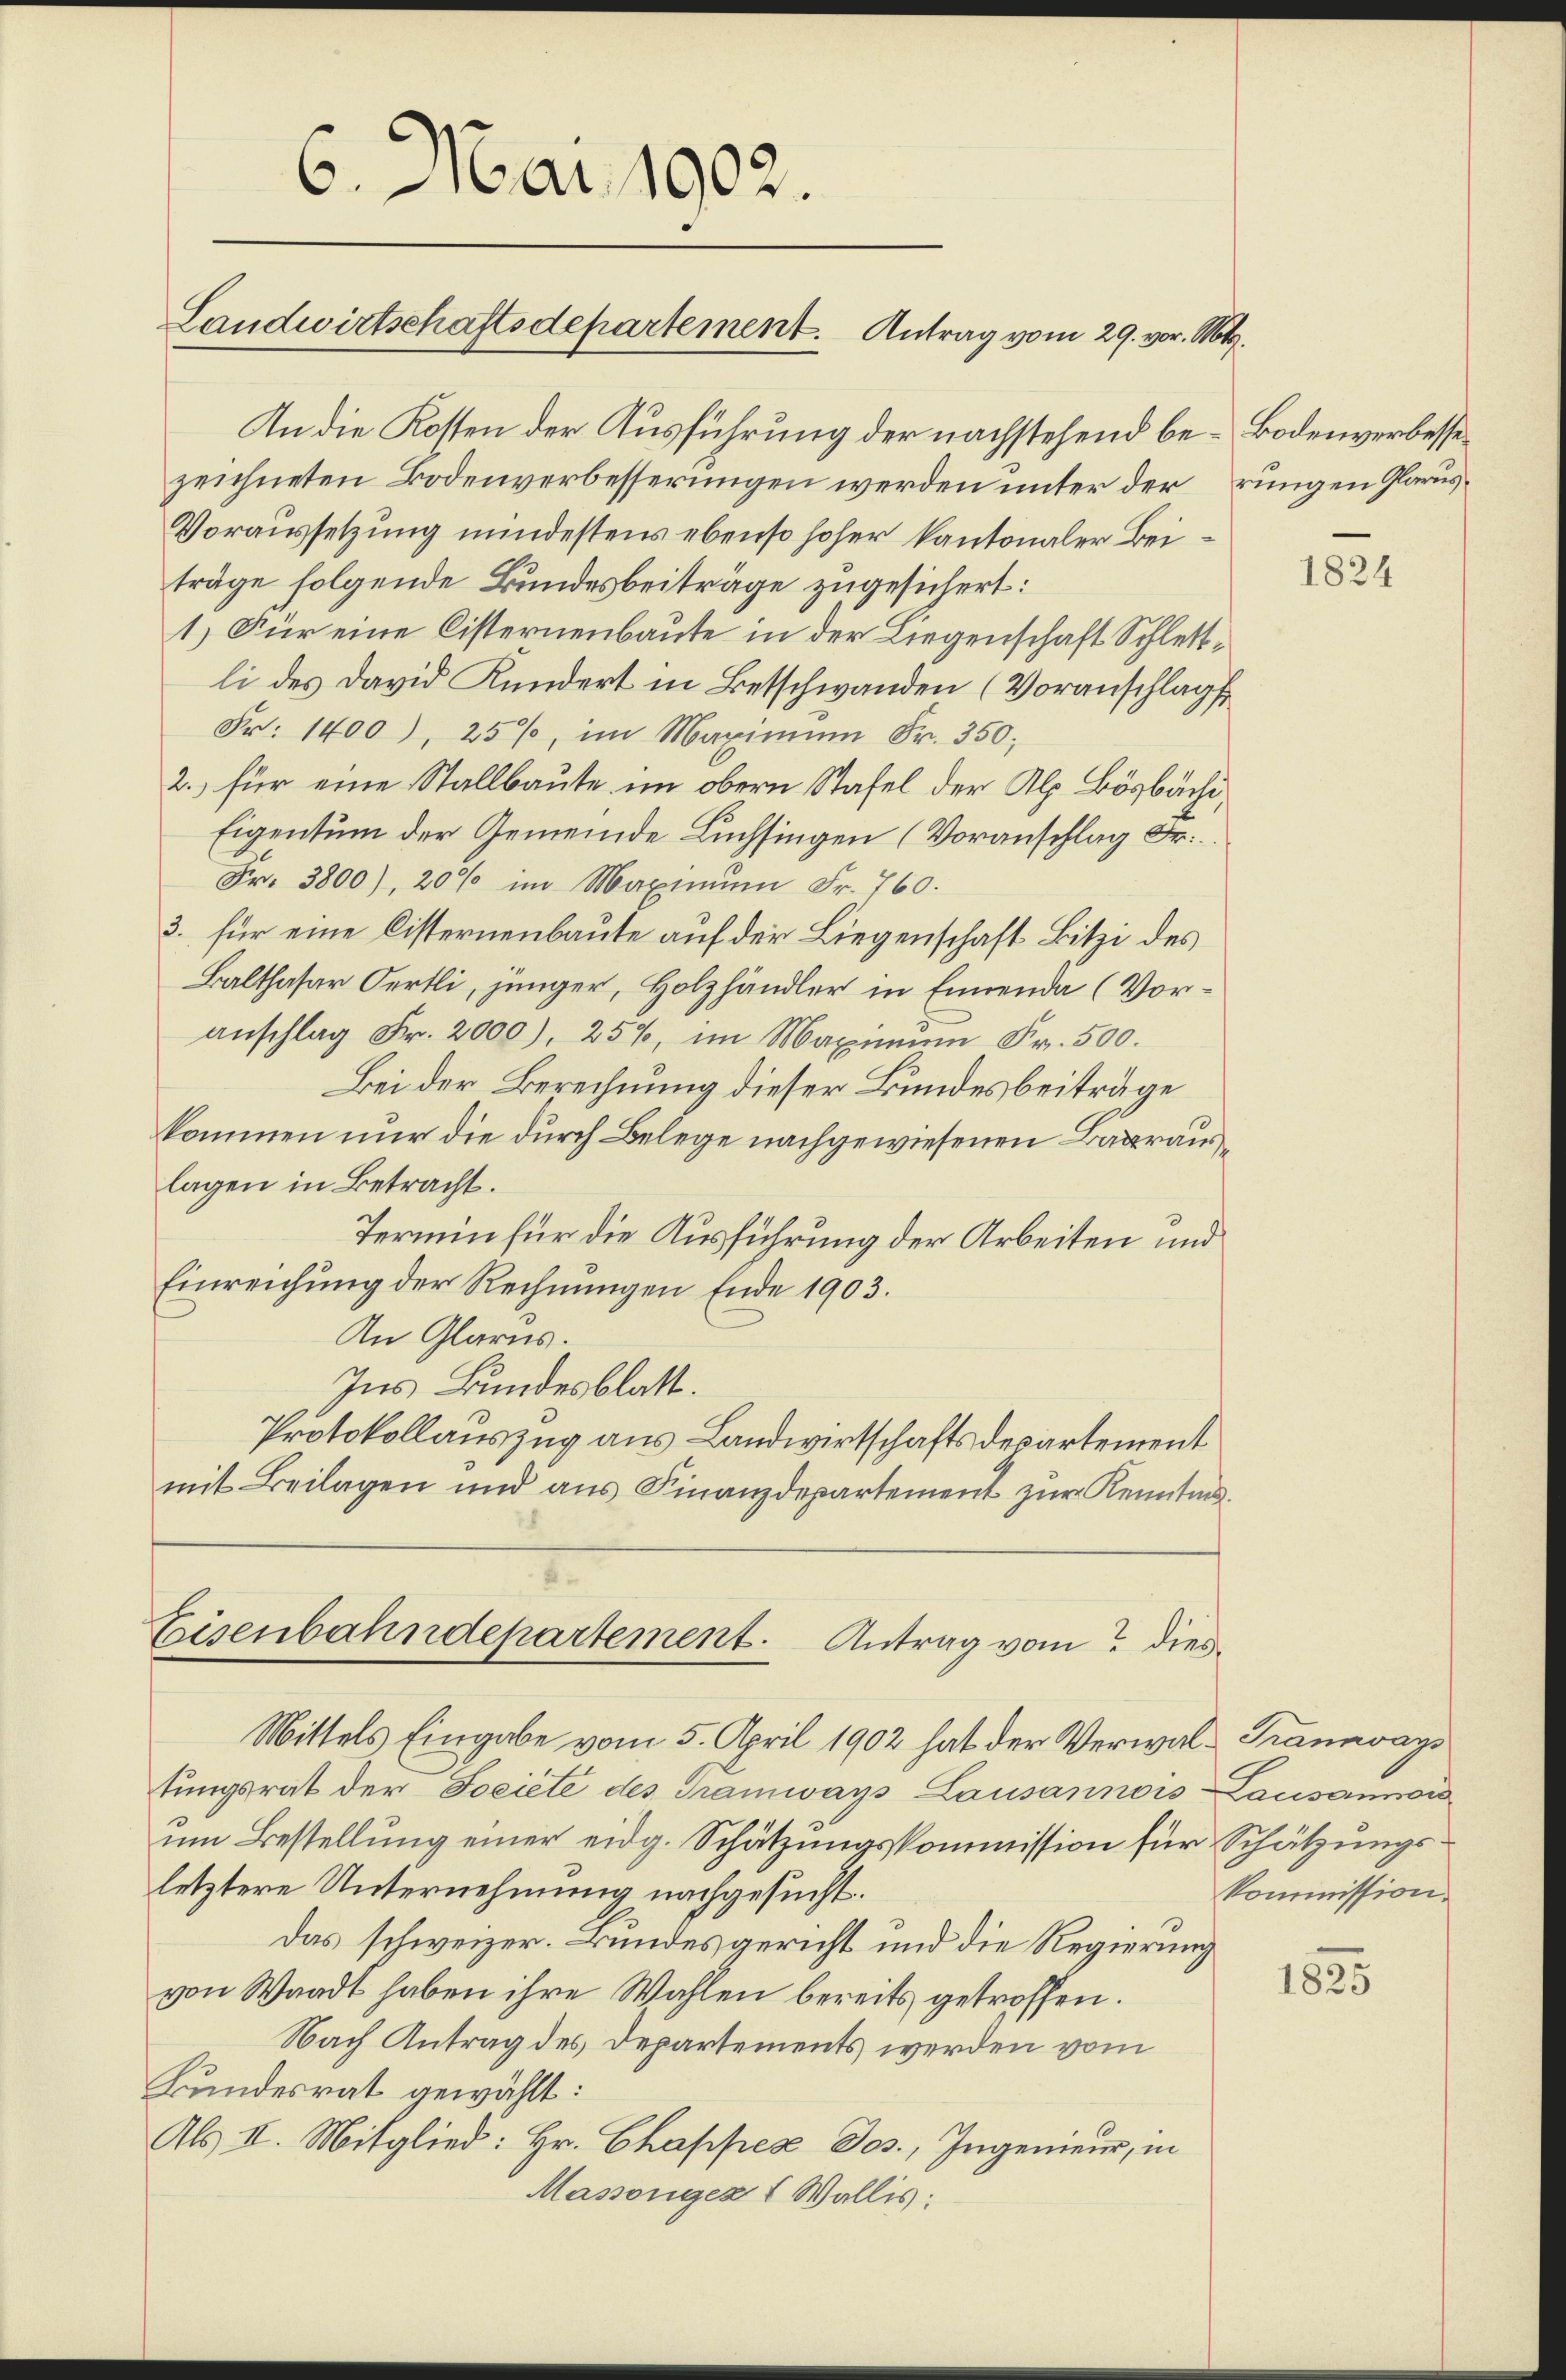
6. 601. 1902.

Landwirtschaftsdepartement. Antrag vom 29. vor. Mt.

An die Kosten der Ausführung der nachstehend be- Bodenverbessezeichneten Bodenverbesserungen werden unter der rungen Glarus¬
Voraussetzung mindestens ebenso hoher kantonaler Beiträge folgende Bundesbeiträge zugesichert:
1.) Für eine Cisternenbaute in der Liegenschaft Schlettli des David Kundert in Betschwanden (Voranschlag
Fr. 1400), 25%, im Maximŭm Fr. 350;
2.) für eine Stallbaute im obern Stafel der Alp. Bösbächi¬
Eigentum der Gemeinde Lüchsingen (Voranschlag Fr.
Fr. 3800), 20% im Maximum Fr. 760.
3. für eine Disternenbaute auf der Liegenschaft Bitzi des
Balthasar Oertli, jünger, Holzhändler in Ennende (Voranschlag Fr. 2000), 25%, im Maximum Fr. 500.
Bei der Berechnung dieser Bundesbeiträge
kommen nur die durch Belege nachgewiesenen Baarauslagen in Betracht.
Termin für die Ausführung der Arbeiten und
Einreichŭng der Rechnŭngen Ende 1903.
An Glarus.
Ins Bundesblatt.
Protokollauszug aus Landwirtschaftsdepartement
mit Beilagen und ans Finanzdepartement zŭr Kenntnis.

Eisenbahndepartement. Antrag vom dies

Mittels Eingabe vom 5. April 1902 hat der Verwal-Trannvays
tungsrat der Societe des Tramways Lausannois Lausannoi
um Bestellung einer eidg. Schätzungskommission für Schätzungsletztere Unternehmung nachgesucht.
Das schweizer. Bundes gericht und die Regierung
von Waadt haben ihre Wahlen bereits getroffen.
Nach Antrag des Departements werden vom
Bundesrat gewählt:
Als II. Mitglied: Hr. Chappez Jos., Ingenieur, in
Massongez l Wallis:

1824

kommission.

1825